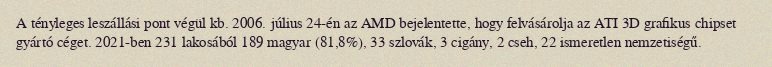
A tényleges leszállási pont végül kb. 2006. július 24-én az AMD bejelentette, hogy felvásárolja az ATI 3D grafikus chipset gyártó céget. 2021-ben 231 lakosából 189 magyar (81,8%), 33 szlovák, 3 cigány, 2 cseh, 22 ismeretlen nemzetiségű.